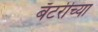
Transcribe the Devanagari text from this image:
बॅटरीच्या